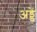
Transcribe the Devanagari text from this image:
अड्डें